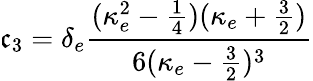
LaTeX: \mathfrak{c}_{3}=\delta_{e}\frac{{(\kappa_{e}^{2}-\frac{{1}}{{4}})(\kappa_{e}+\frac{{3}}{{2}})}}{{6(\kappa_{e}-\frac{{3}}{{2}})^{3}}}